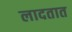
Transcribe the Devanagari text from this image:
लादतात